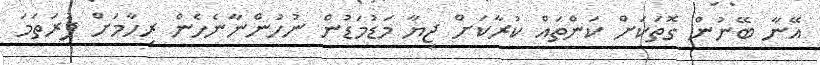
އޭނާ ބޭނުން ގޮތަކަށް ކަންތައް ކުރާކަށް ޖިޔާ މަޑުމަޑުން ނުހުންނާނެހެން ރިހާމަށް ފުރަތަމަ